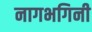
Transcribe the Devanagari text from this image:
नागभगिनी